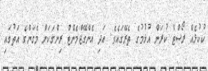
ކުކުޅެއް ރޯސްޓް ކުރަން އުޅުމުގެ ތެރޭގައެވެ. އަދި އެންގޭޖްމެންޓް ރިންގަކަށް މެގަންގެ އަތުގައި